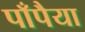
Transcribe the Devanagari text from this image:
पाँपैया